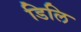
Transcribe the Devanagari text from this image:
डिलि